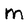
Character: m